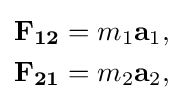
{\begin{aligned}\mathbf {F_{12}} &=m_{1}\mathbf {a} _{1},\\\mathbf {F_{21}} &=m_{2}\mathbf {a} _{2},\end{aligned}}